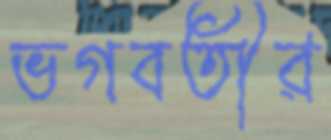
ভগবতীর